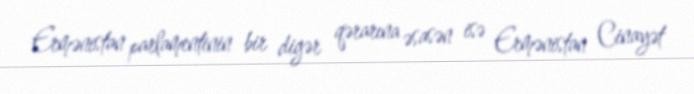
Ermənistan parlamentinin bir digər qərarına əsasən isə Ermənistan Cinayət